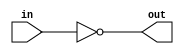
module not_gates(
  input wire in,
  output reg out
);
  always @* begin
    out = ~in;
  end
endmodule